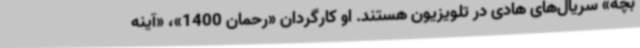
بچه» سریال‌های هادی در تلویزیون هستند. او کارگردان «رحمان 1400»، «آینه